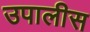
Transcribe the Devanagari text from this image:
उपालीस